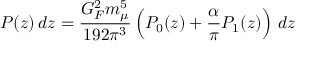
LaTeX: P ( z ) \, d z = \frac { G _ { F } ^ { 2 } m _ { \mu } ^ { 5 } } { 1 9 2 \pi ^ { 3 } } \left( P _ { 0 } ( z ) + \frac { \alpha } { \pi } P _ { 1 } ( z ) \right) \, d z